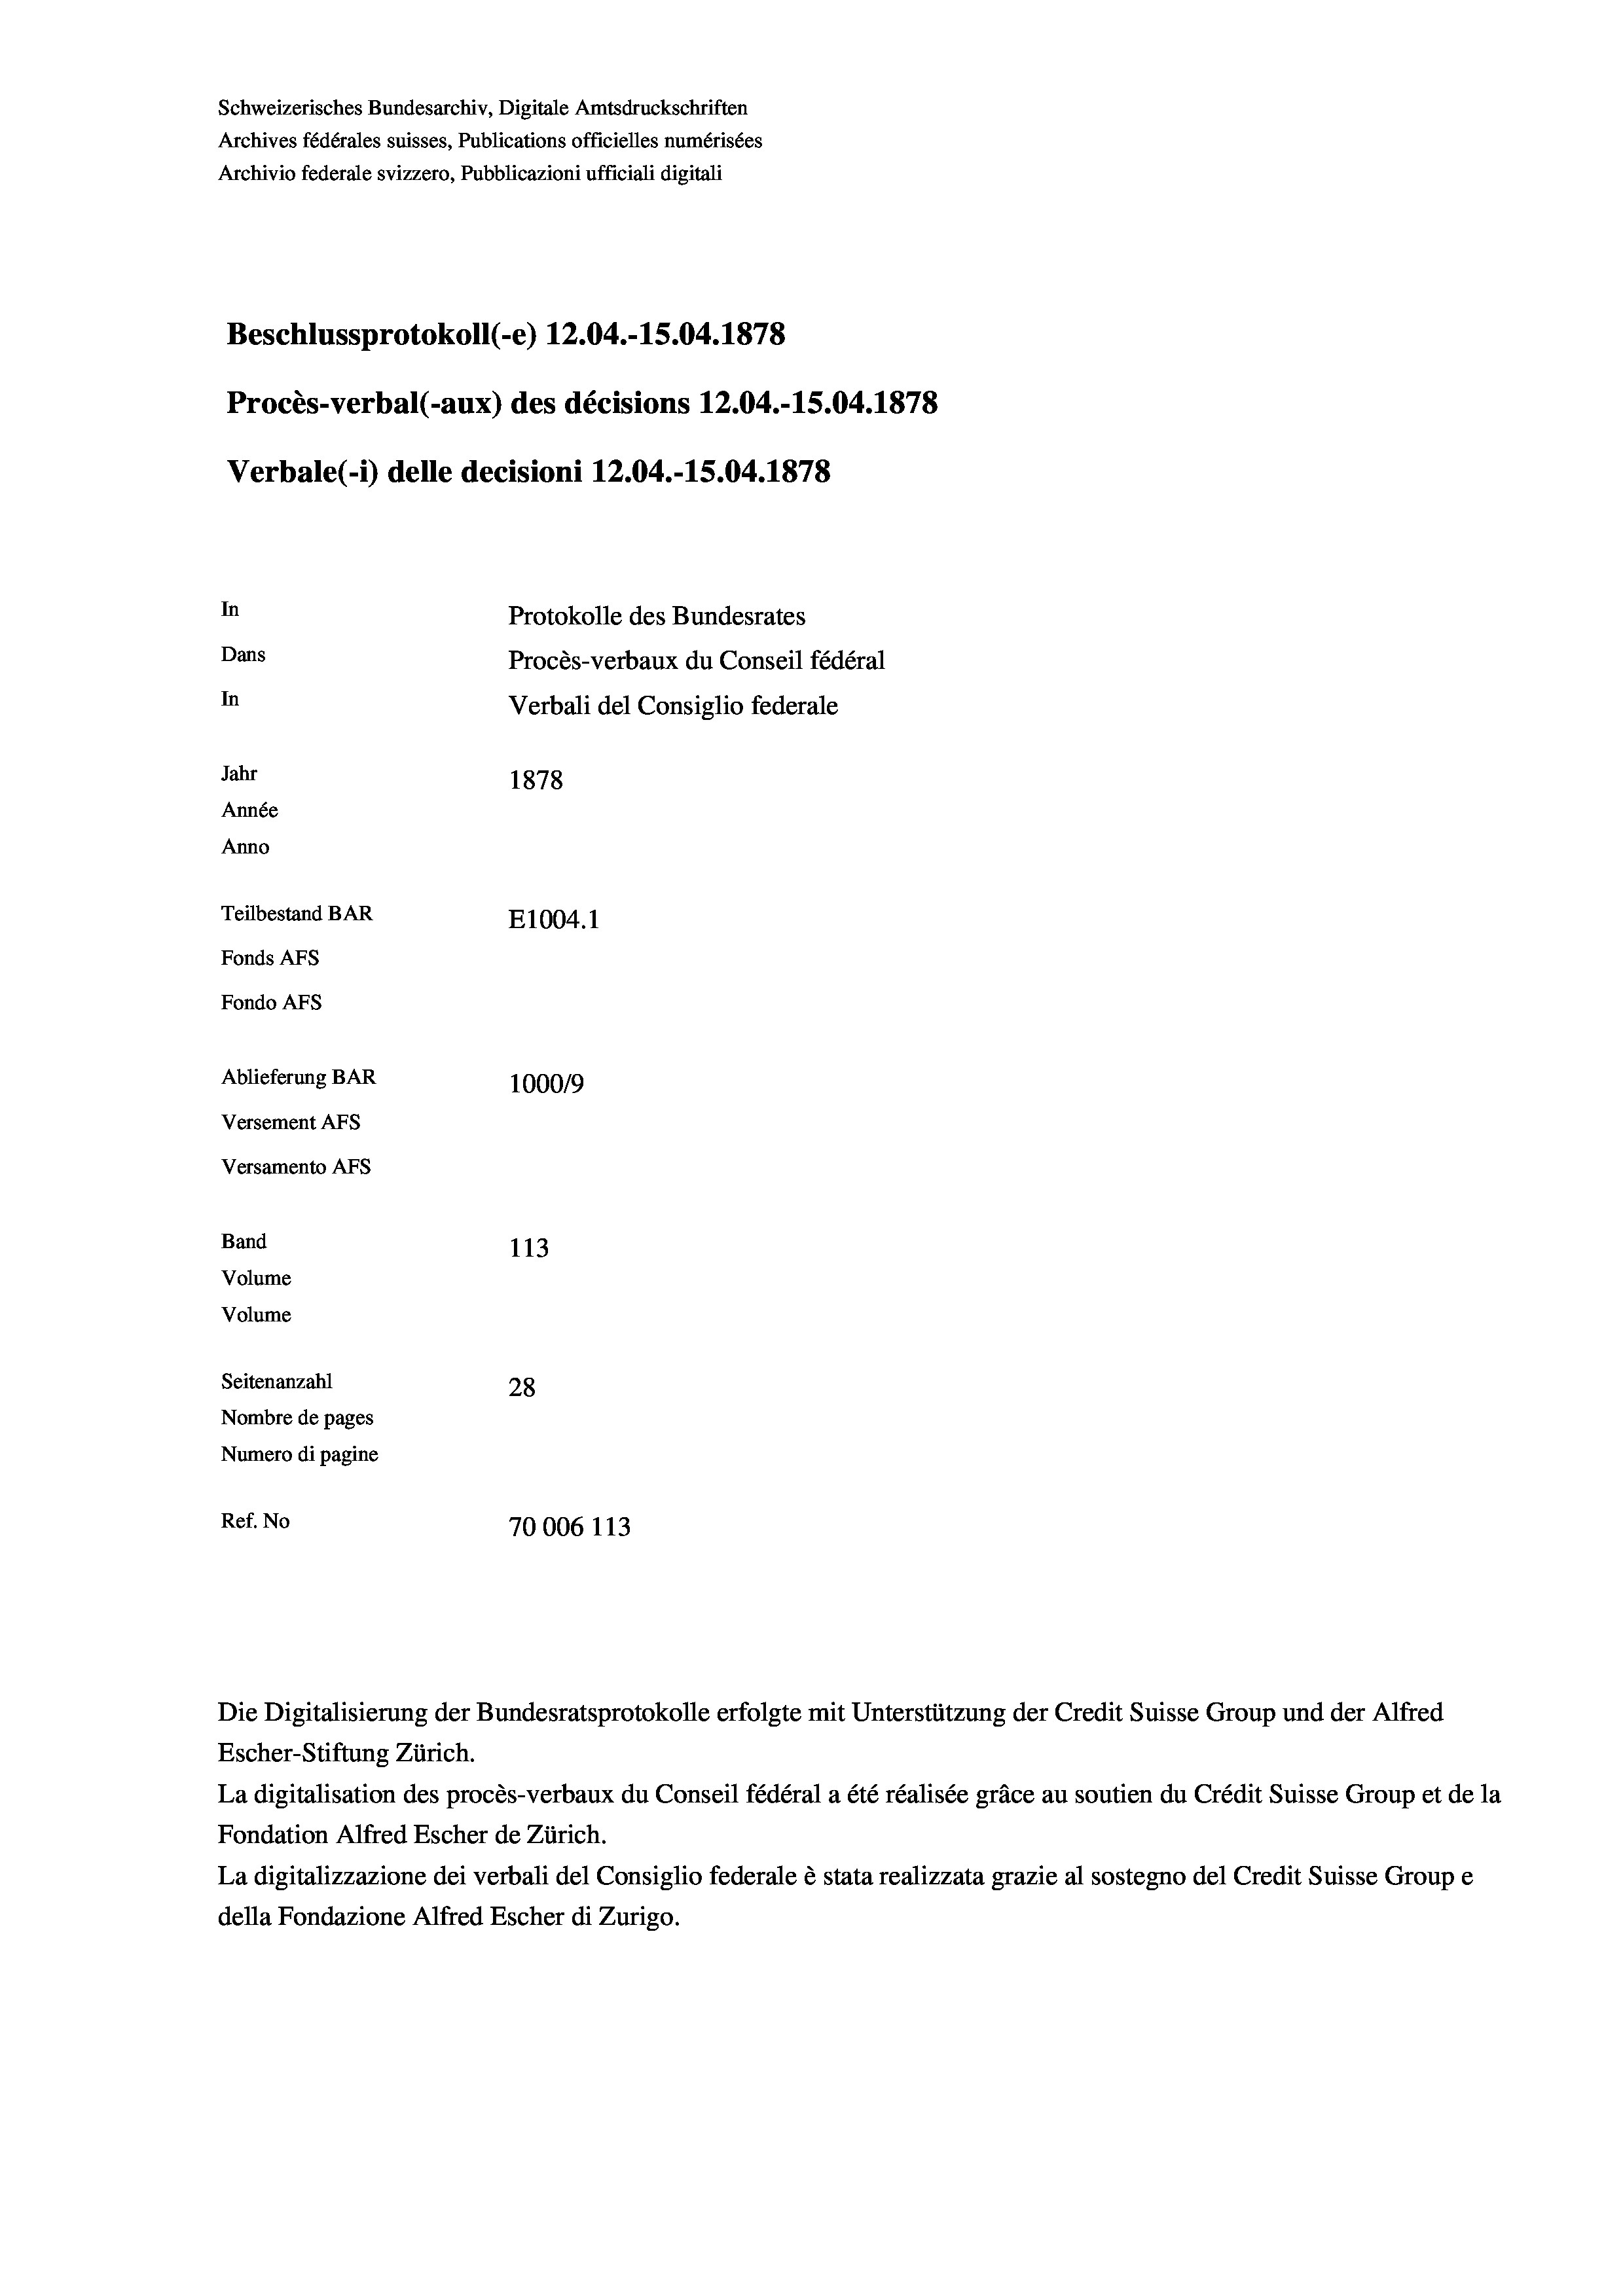
Schweizerisches Bundesarchiv, Digitale Amtsdruckschriften
Archives fédérales suisses, Publications officielles numérisées
Archivio federale svizzero, Pubblicazioni ufficiali digitali
Beschlussprotokoll (-e) 12.04.-15.04. 1878
Procès-verbal (-aux) des décisions 12.04.-15.04. 1878
Verbale(-*) delle decisioni 12.04.-15.04. 1878
In
Protokolle des Bundesrates
Dans
Procès-verbaux du Conseil fédéral
In
Verbali del Consiglio federale
Jahr
1878
Année
Anno
Teilbestand BAR
E1004. 1
Fonds AFs
Fondo Afs
Ablieferung BAR
100019
Versement AFs
Versamento AFs
Band
113
Volume
Volume
Seitenanzahl
28
Nombre de pages
Numero di pagine
Ref. No
70006 113

Escher-Stiftung Zürich.
La digitalisation des procès-verbaux du Conseil fédéral a été réalisée gräce au soutien du Crédit Suisse Group et de la
Fondation Alfred Escher de Zürich.
La digitalizzazione dei verbali del Consiglio federale è stata realizzata grazie al sostegno del Credit Suisse Groupe
della Fondazione Alfred Escher di Zurigo.

Die Digitalisierung der Bundesratsprotokolle erfolgte mit Unterstützung der Credit Suisse Group und der Alfred